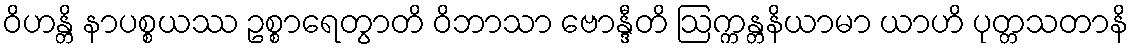
ဝိဟန္တိ နာပစ္စယဿ ဥစ္စာရေတွာတိ ဝိဘာသာ ဗောန္ဒီတိ ဩက္ကန္တနိယာမာ ယာဟိ ပုတ္တသတာနိ